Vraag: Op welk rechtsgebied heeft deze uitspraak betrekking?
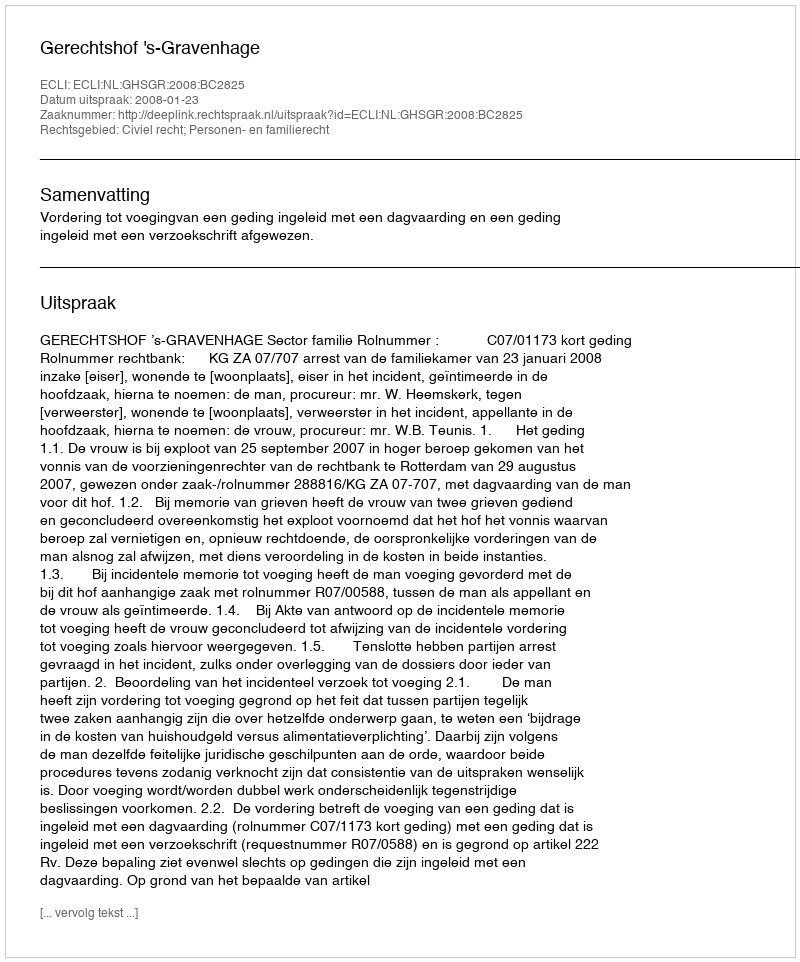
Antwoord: Civiel recht; Personen- en familierecht